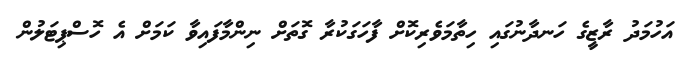
އަހުމަދު ރާޒީގެ ހަނދާނުގައި ހިތާމަވެރިކޮށް ފާހަގަކުރާ ގޮތަށް ނިންމާފައިވާ ކަމަށް އެ ހޮސްޕިޓަލުން